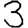
Digit: 3